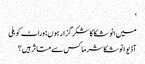
‘
میں انوشکا کا شکر گزار ہوں: وراٹ کوہلی
آڈیو انوشکا شرما کس سے متاثر ہیں؟